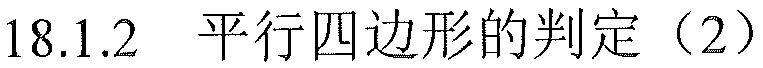
18.1.2 平行四边形的判定（2）